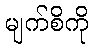
မျက်စိကို